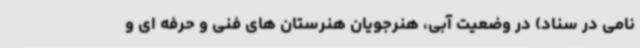
نامی در سناد) در وضعیت آبی، هنرجویان هنرستان های فنی و حرفه ای و